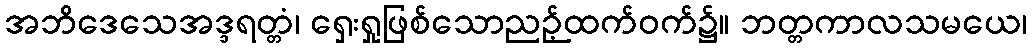
အဘိဒေသေအဒ္ဒရတ္တံ၊ ရှေးရှုဖြစ်သောညဉ့်ထက်ဝက်၌။ ဘတ္တကာလသမယေ၊